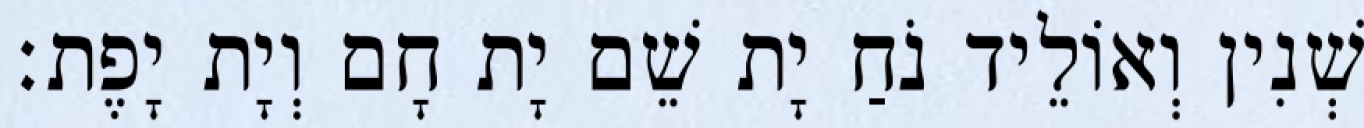
שְׁנִין וְאוֹלֵיד נֹחַ יָת שֵׁם יָת חָם וְיָת יָפֶת׃